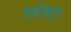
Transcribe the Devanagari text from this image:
एडेमार